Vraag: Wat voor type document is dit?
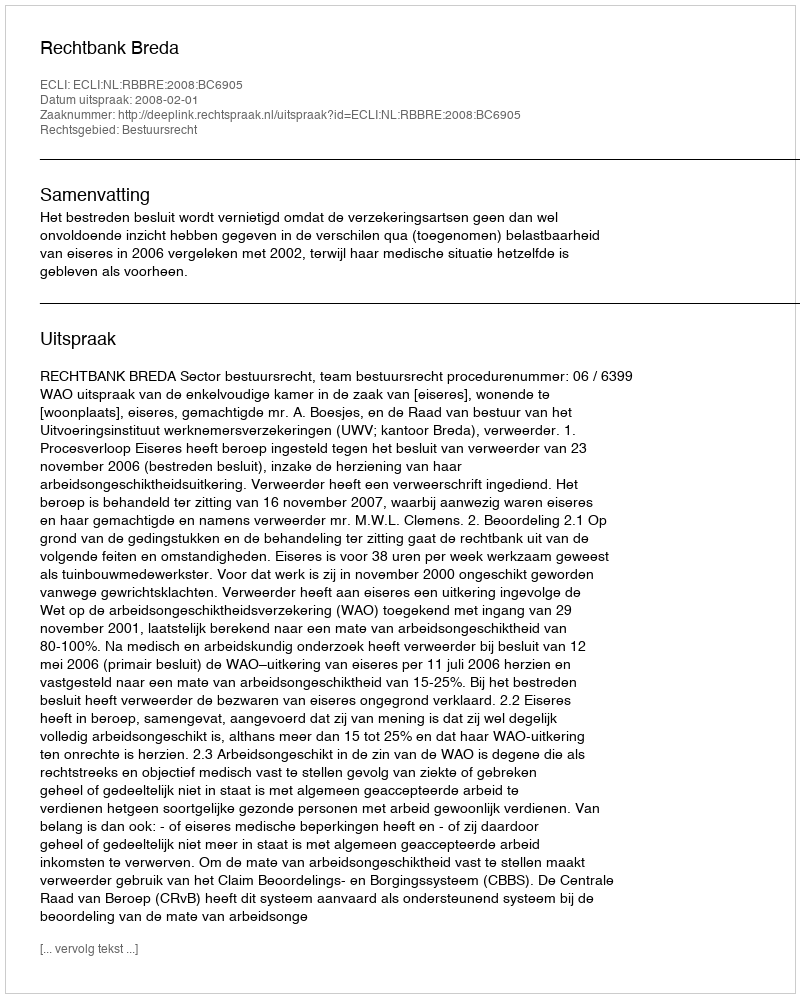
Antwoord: Uitspraak